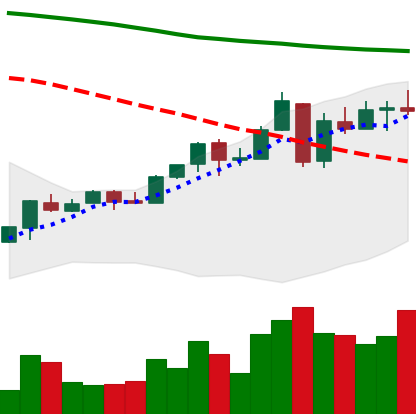
Ticker: ETC-USD
Chart end date: 2018-04-30
Forward return: 5.001%
Label: up_5_7